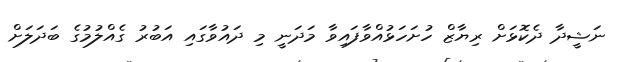
ނަޝީދާ ދެކޮޅަށް ރިޔާޒް ހުށަހަޅުއްވާފައިވާ މަދަނީ މި ދައުވާގައި އަބުރު ގެއްލުމުގެ ބަދަލަށް